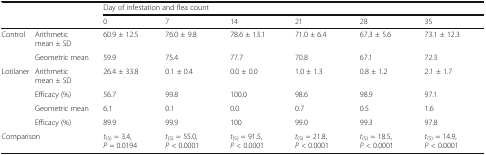
<table><thead><tr><td rowspan="2" colspan="2"></td><td colspan="6"><b>Day of infestation and flea count</b></td></tr><tr><td><b>0</b></td><td><b>7</b></td><td><b>14</b></td><td><b>21</b></td><td><b>28</b></td><td><b>35</b></td></tr></thead><tbody><tr><td>Control</td><td>Arithmetic mean ± SD</td><td>60.9 ± 12.5</td><td>76.0 ± 9.8</td><td>78.6 ± 13.1</td><td>71.0 ± 6.4</td><td>67.3 ± 5.6</td><td>73.1 ± 12.3</td></tr><tr><td></td><td>Geometric mean</td><td>59.9</td><td>75.4</td><td>77.7</td><td>70.8</td><td>67.1</td><td>72.3</td></tr><tr><td>Lotilaner</td><td>Arithmetic mean ± SD</td><td>26.4 ± 33.8</td><td>0.1 ± 0.4</td><td>0.0 ± 0.0</td><td>1.0 ± 1.3</td><td>0.8 ± 1.2</td><td>2.1 ± 1.7</td></tr><tr><td></td><td>Efficacy (%)</td><td>56.7</td><td>99.8</td><td>100.0</td><td>98.6</td><td>98.9</td><td>97.1</td></tr><tr><td></td><td>Geometric mean</td><td>6.1</td><td>0.1</td><td>0.0</td><td>0.7</td><td>0.5</td><td>1.6</td></tr><tr><td></td><td>Efficacy (%)</td><td>89.9</td><td>99.9</td><td>100</td><td>99.0</td><td>99.3</td><td>97.8</td></tr><tr><td colspan="2">Comparison</td><td><i>t</i><sub>(5)</sub> = 3.4, <i>P</i> = 0.0194</td><td><i>t</i><sub>(5)</sub> = 55.0, <i>P</i> &lt; 0.0001</td><td><i>t</i><sub>(5)</sub> = 91.5, <i>P</i> &lt; 0.0001</td><td><i>t</i><sub>(5)</sub> = 21.8, <i>P</i> &lt; 0.0001</td><td><i>t</i><sub>(5)</sub> = 18.5, <i>P</i> &lt; 0.0001</td><td><i>t</i><sub>(5)</sub> = 14.9, <i>P</i> &lt; 0.0001</td></tr></tbody></table>